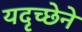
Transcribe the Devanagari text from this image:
यदृच्छेने